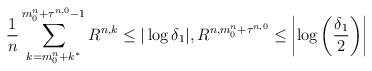
LaTeX: \begin{align*}\frac{1}{n} \sum\limits_{k=m^n_0+k^*}^{m^n_0+\tau^{n,0}-1} R^{n,k} \le|\log\delta_1|, R^{n,m^n_0+\tau^{n,0}} \le \left| \log \left(\frac{\delta_1}{2}\right)\right|\end{align*}